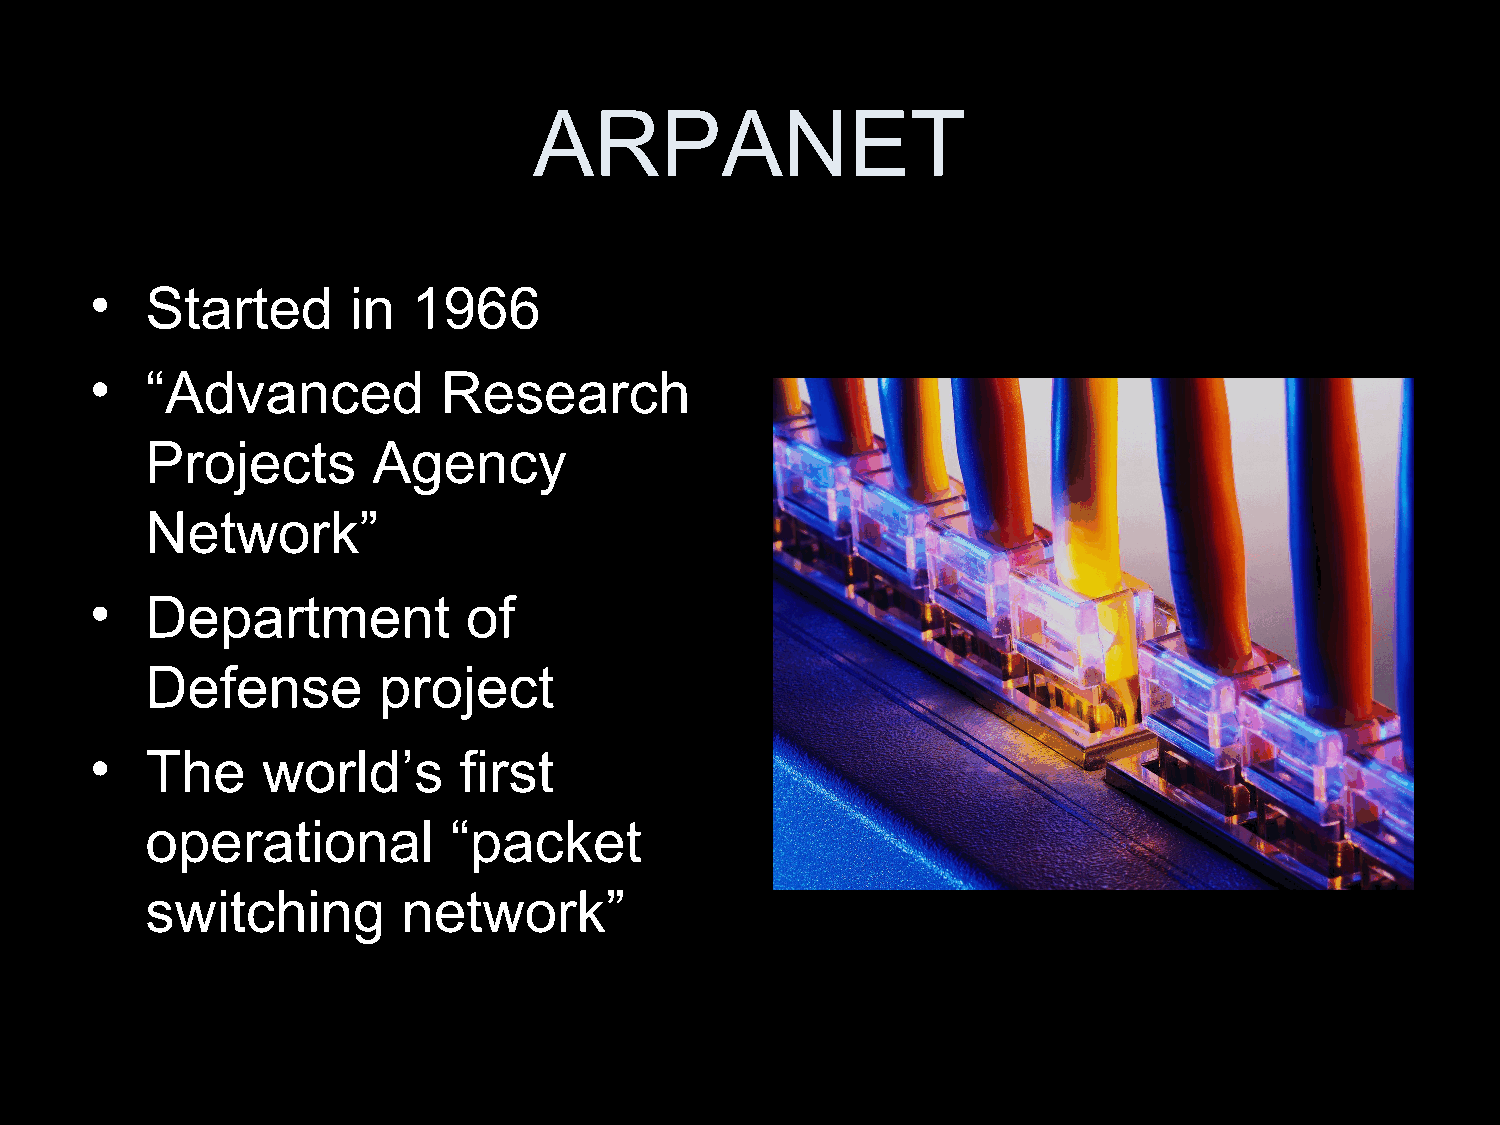
ARPANET
 •   Started      in  1966
 •   “Advanced          Research
 Projects       Agency
 Network”
 •   Department           of
 Defense        project
 •   The    world’s      first
 operational         “packet
 switching        network”